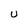
Character: U